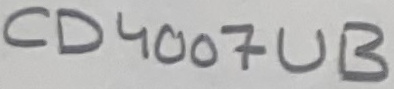
Text: CD4007UB